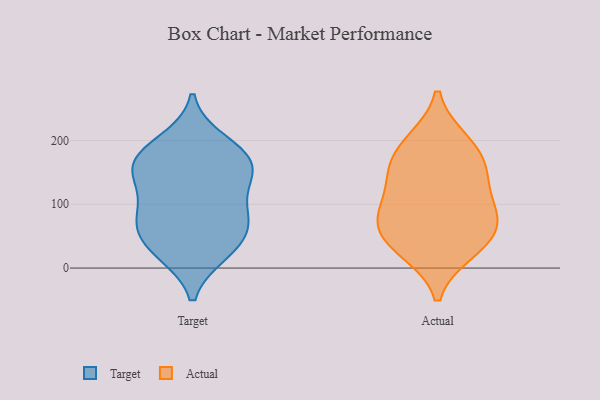
{"axis": {"x": "Headcount", "y": "Value"}, "legend": ["Actual", "Target"], "data": [{"x": "", "y": 66, "type": "Target"}, {"x": "", "y": 168, "type": "Target"}, {"x": "", "y": 174, "type": "Target"}, {"x": "", "y": 136, "type": "Target"}, {"x": "", "y": 26, "type": "Target"}, {"x": "", "y": 91, "type": "Target"}, {"x": "", "y": 42, "type": "Target"}, {"x": "", "y": 24, "type": "Target"}, {"x": "", "y": 177, "type": "Target"}, {"x": "", "y": 79, "type": "Target"}, {"x": "", "y": 141, "type": "Target"}, {"x": "", "y": 198, "type": "Target"}, {"x": "", "y": 77, "type": "Target"}, {"x": "", "y": 151, "type": "Target"}, {"x": "", "y": 148, "type": "Actual"}, {"x": "", "y": 199, "type": "Actual"}, {"x": "", "y": 159, "type": "Actual"}, {"x": "", "y": 83, "type": "Actual"}, {"x": "", "y": 27, "type": "Actual"}, {"x": "", "y": 146, "type": "Actual"}, {"x": "", "y": 87, "type": "Actual"}, {"x": "", "y": 98, "type": "Actual"}, {"x": "", "y": 194, "type": "Actual"}, {"x": "", "y": 50, "type": "Actual"}, {"x": "", "y": 32, "type": "Actual"}, {"x": "", "y": 65, "type": "Actual"}]}